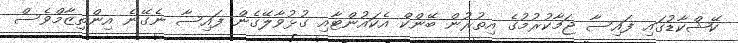
ކޭޝްކާޑުގައި ފައިސާ ޖަމާކުރުމުގެ އިތުރުން ބޭންކް އެކައުންޓާއި ގުޅުވާލޭގެން ފައިސާ ނެގޭނެ އިންތިޒާމްވެސް